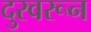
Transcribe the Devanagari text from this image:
दुरवरून